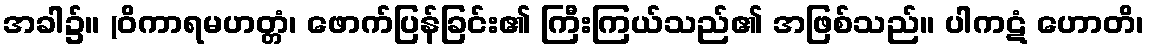
အခါ၌။ (ဝိကာရမဟတ္တံ၊ ဖောက်ပြန်ခြင်း၏ ကြီးကြယ်သည်၏ အဖြစ်သည်။ ပါကဋံ ဟောတိ၊